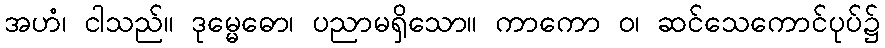
အဟံ၊ ငါသည်။ ဒုမ္မေဓော၊ ပညာမရှိသော။ ကာကော ဝ၊ ဆင်သေကောင်ပုပ်၌